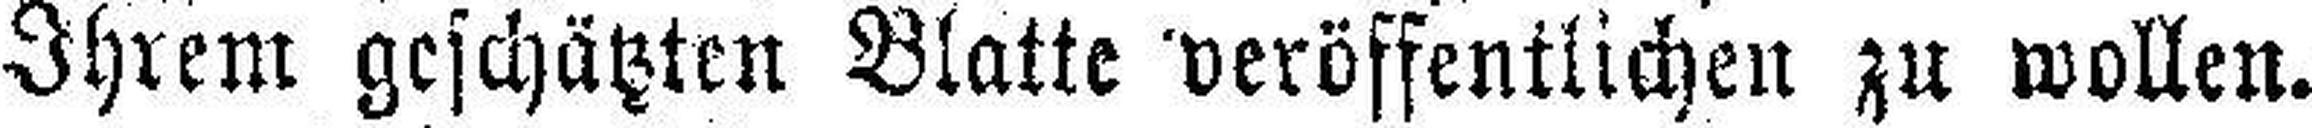
Ihrem geschätzten Blatte veröffentlichen zu wollen.